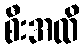
စီးအထိ